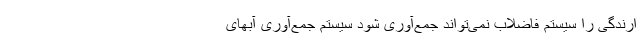
ارندگی را سیستم فاضلاب نمی‌تواند جمع‌آوری شود سیستم جمع‌آوری آبهای